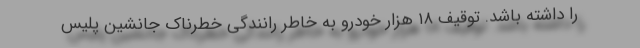
را داشته باشد. توقیف ۱۸ هزار خودرو به خاطر رانندگی خطرناک جانشین پلیس